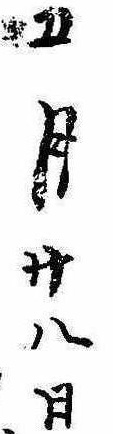
五月廿八日